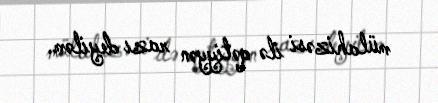
mülahizəsi ilə qətiyyən razı deyiləm.